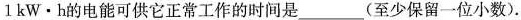
1kW\cdot h的电能可供它正常工作的时间是___(至少保留一位小数)。